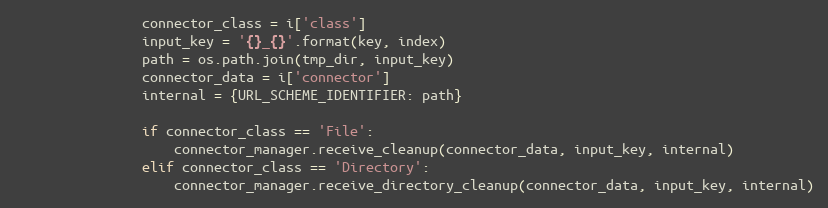
Language: Python
                connector_class = i['class']
                input_key = '{}_{}'.format(key, index)
                path = os.path.join(tmp_dir, input_key)
                connector_data = i['connector']
                internal = {URL_SCHEME_IDENTIFIER: path}

                if connector_class == 'File':
                    connector_manager.receive_cleanup(connector_data, input_key, internal)
                elif connector_class == 'Directory':
                    connector_manager.receive_directory_cleanup(connector_data, input_key, internal)